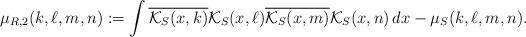
LaTeX: \begin{align*}\mu_{R,2}(k,\ell,m,n) :=\int\overline{\mathcal{K}_S(x,k)}\mathcal{K}_S(x,\ell)\overline{\mathcal{K}_S(x,m)}\mathcal{K}_S(x,n)\,dx - \mu_{S}(k,\ell,m,n). \end{align*}